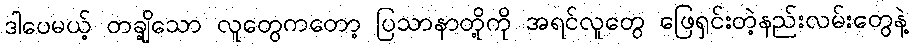
ဒါပေမယ့် တချို့သော လူတွေကတော့ ပြသာနာတို့ကို အရင်လူတွေ ဖြေရှင်းတဲ့နည်းလမ်းတွေနဲ့